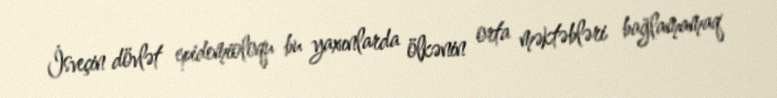
İsveçin dövlət epidemioloqu bu yaxınlarda ölkənin orta məktəbləri bağlamamaq